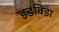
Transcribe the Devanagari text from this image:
इडविडा